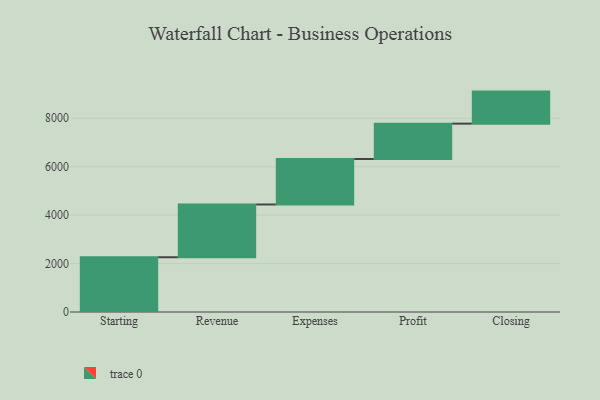
{"axis": {"x": "Step", "y": "Value"}, "legend": [""], "data": [{"x": "Starting", "y": 2261.0, "type": ""}, {"x": "Revenue", "y": 2179.0, "type": ""}, {"x": "Expenses", "y": 1879.0, "type": ""}, {"x": "Profit", "y": 1460.0, "type": ""}, {"x": "Closing", "y": 1323.0, "type": ""}]}